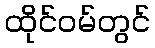
ထိုင်ဝမ်တွင်